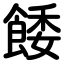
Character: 餧